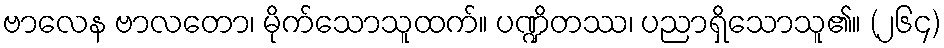
ဗာလေန ဗာလတော၊ မိုက်သောသူထက်။ ပဏ္ဍိတဿ၊ ပညာရှိသောသူ၏။ (၂၆၄)